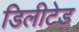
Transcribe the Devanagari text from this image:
डिलीटेड